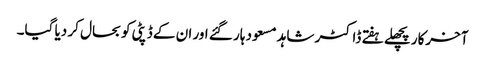
آخرکار پچھلے ہفتے ڈاکٹر شاہد مسعود ہار گئے اور ان کے ڈپٹی کو بحال کر دیا گیا۔